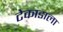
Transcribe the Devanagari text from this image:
टेकाडाला